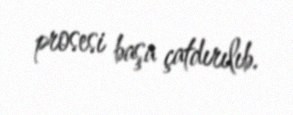
prosesi başa çatdırılıb.